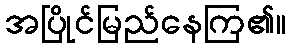
အပြိုင်မြည်နေကြ၏။